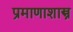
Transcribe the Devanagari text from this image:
प्रमाणाशास्त्र